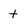
Character: t